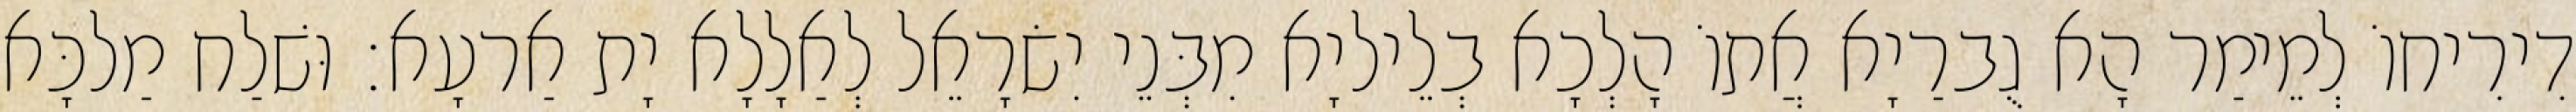
דִירִיחוֹ לְמֵימַר הָא גֻברַיָא אֲתוֹ הָלְכָא בְלֵיליָא מִבְּנֵי יִשׂרָאֵל לְאַלָלָא יָת אַרעָא׃ וּשׁלַח מַלכָּא